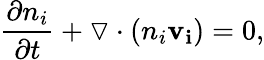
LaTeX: \frac{\partial n_{i}}{\partial t}+\triangledown\cdot(n_{i}\mathbf{v_{i}})=0,